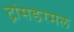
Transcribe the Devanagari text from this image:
ट्रांसडरमल